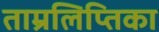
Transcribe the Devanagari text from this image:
ताम्रलिप्तिका